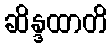
ဆိန္ဒထာတိ